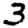
Digit: 3